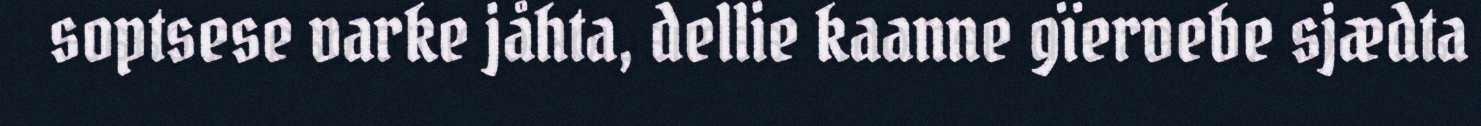
soptsese varke jåhta, dellie kaanne gïervebe sjædta